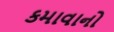
કમાવાનો